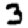
Digit: 3